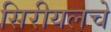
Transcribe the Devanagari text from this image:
सिरीयलचे